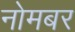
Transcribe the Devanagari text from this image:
नोमबर